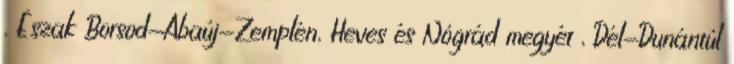
, Észak Borsod-Abaúj-Zemplén, Heves és Nógrád megyét , Dél-Dunántúl